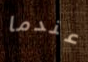
عندما